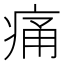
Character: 痛